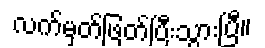
လက်မှတ်ဖြတ်ပြီးသွားပြီ။